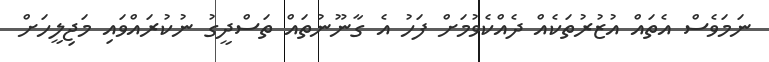
ނަމަވެސް އެތައް އުޒުރުތަކެއް ދެއްކެވުމަށް ފަހު އެ ގާނޫނުތައް ތަސްދީގު ނުކުރައްވައި މަޖިލީހަށް